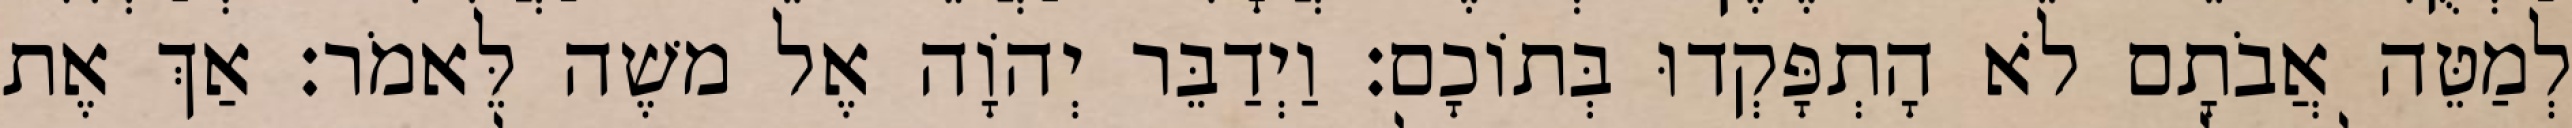
לְמַטֵּה אֲבֹתָם לֹא הָתְפָּקְדוּ בְּתוֹכָם׃ וַיְדַבֵּר יְהוָֹה אֶל משֶׁה לֵּאמֹר׃ אַךְ אֶת